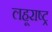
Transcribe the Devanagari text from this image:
लहूराष्ट्र